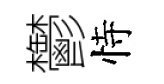
鬱恃